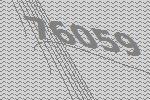
76059